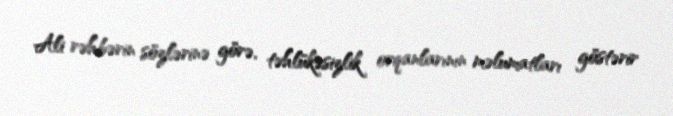
Ali rəhbərin sözlərinə görə, təhlükəsizlik orqanlarının məlumatları göstərir